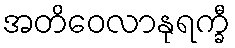
အတိဝေလာနုရက္ခီ